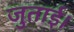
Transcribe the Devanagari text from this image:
जुताई।